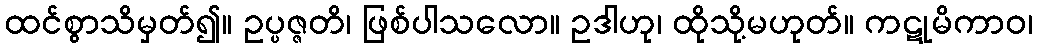
ထင်စွာသိမှတ်၍။ ဥပ္ပဇ္ဇတိ၊ ဖြစ်ပါသလော။ ဥဒါဟု၊ ထိုသို့မဟုတ်။ ကဋုမိကာဝ၊